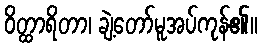
ဝိတ္ထာရိတာ၊ ချဲ့တော်မူအပ်ကုန်၏။